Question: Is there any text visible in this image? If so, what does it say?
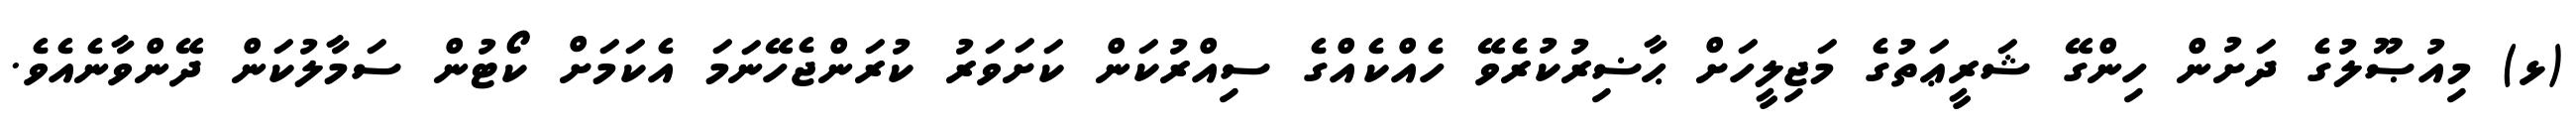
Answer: (ޅ) މިއުޞޫލުގެ ދަށުން ހިންގޭ ޝަރީޢަތުގެ މަޖިލީހަށް ޙާޟިރުކުރެވޭ ހެއްކެއްގެ ސިއްރުކަން ކަށަވަރު ކުރަންޖެހޭނަމަ އެކަމަށް ކޯޓުން ސަމާލުކަން ދޭންވާނެއެވެ.